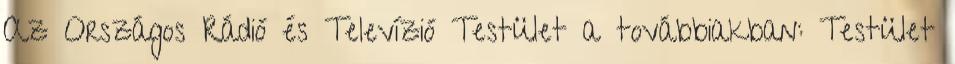
Az Országos Rádió és Televízió Testület a továbbiakban: Testület